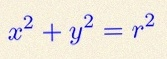
x^2+y^2=r^2